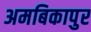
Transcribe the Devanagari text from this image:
अमबिकापुर